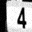
Digit: 4